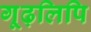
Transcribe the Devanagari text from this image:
गूढ़लिपि